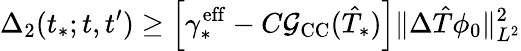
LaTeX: \Delta_{2}(t_{*};t,t^{\prime})\geq\left[\gamma_{*}^{\mathrm{eff}}-C\mathcal G_{\mathrm{CC}}(\hat{T}_{*})\right]\Vert\Delta\hat{T}\phi_{0}\Vert_{L^{2}}^{2}